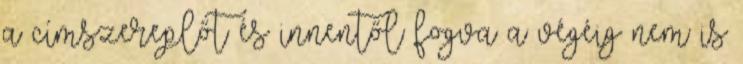
a címszereplőt és innentől fogva a végéig nem is